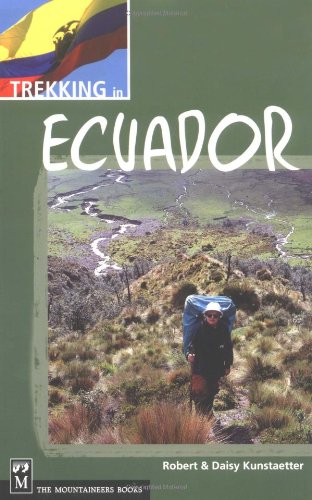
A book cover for Trekking in Ecuador; Robert Kunstaetter; Travel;